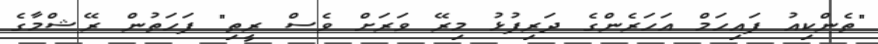
"ތެންކިއު ފައިހަމް އަހަރެންގެ ދަރިފުޅު މިރޭ ވަރަށް ވެސް ރީތި" ފަހަތުން ރޭޝްމާގެ